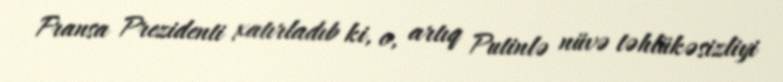
Fransa Prezidenti xatırladıb ki, o, artıq Putinlə nüvə təhlükəsizliyi